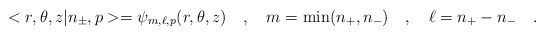
\begin{align*}<r,\theta,z|n_\pm,p>=\psi_{m,\ell,p}(r,\theta,z)\ \ \ ,\ \ \ m={\rm min}(n_+,n_-)\ \ \ ,\ \ \ \ell=n_+-n_-\ \ \ .\end{align*}